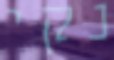
נקי